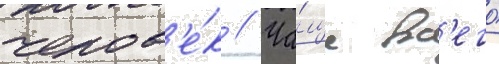
челов'е́к // Ча́ще вс'его́